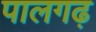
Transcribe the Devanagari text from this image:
पालगढ़